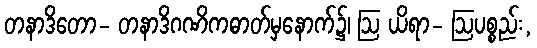
တနာဒိတော- တနာဒိဂဏိကဓာတ်မှနောက်၌၊ ဩ ယိရာ- ဩပစ္စည်း,